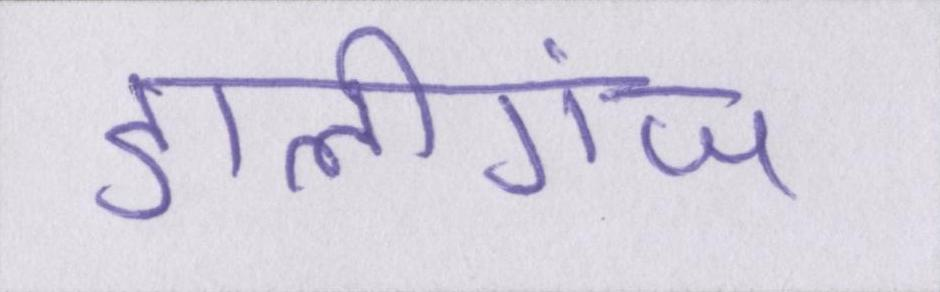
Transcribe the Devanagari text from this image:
डालीगंज